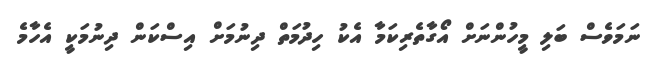
ނަމަވެސް ބަލި މީހުންނަށް އޯގާތެރިކަމާ އެކު ހިދުމަތް ދިނުމަށް އިސްކަން ދިނުމަކީ އެހާމެ